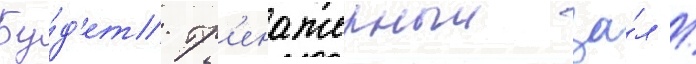
Бу́д'ет тр'енажерныи за́л /